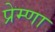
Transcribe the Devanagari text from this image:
प्रेम्णा